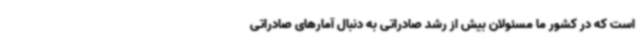
است که در کشور ما مسئولان بیش از رشد صادراتی به دنبال آمارهای صادراتی